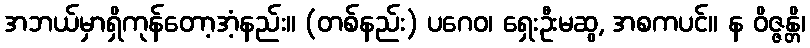
အဘယ်မှာရှိကုန်တော့အံ့နည်း။ (တစ်နည်း) ပဂေဝ၊ ရှေးဦးမဆွ, အစကပင်။ န ဝိဇ္ဇန္တိ၊